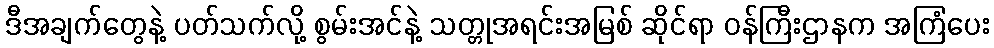
ဒီအချက်တွေနဲ့ ပတ်သက်လို့ စွမ်းအင်နဲ့ သတ္တုအရင်းအမြစ် ဆိုင်ရာ ဝန်ကြီးဌာနက အကြံပေး